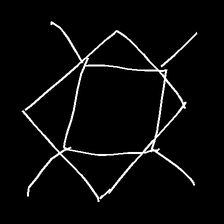
Glyph: light